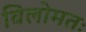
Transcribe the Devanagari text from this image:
विलोमतः